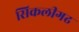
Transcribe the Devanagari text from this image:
सिकलीगढ